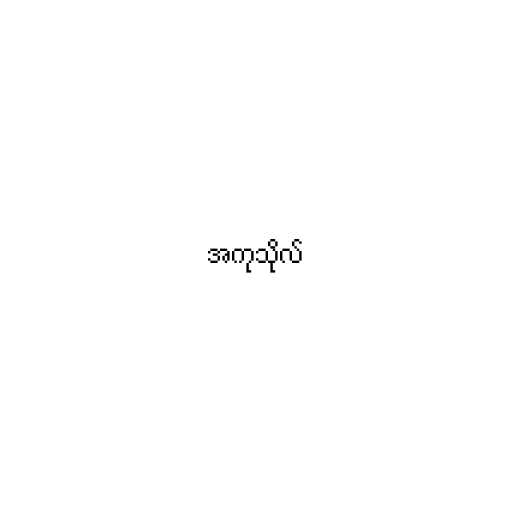
အကုသိုလ်